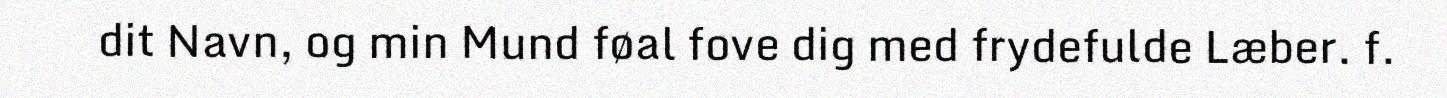
dit Navn, og min Mund føal fove dig med frydefulde Læber. f.